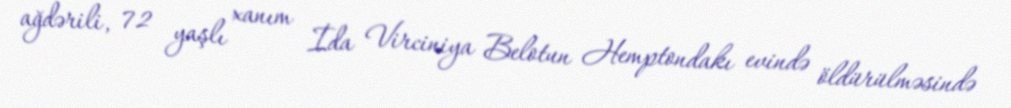
ağdərili, 72 yaşlı xanım İda Virciniya Belotun Hemptondakı evində öldürülməsində